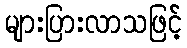
များပြားလာသဖြင့်